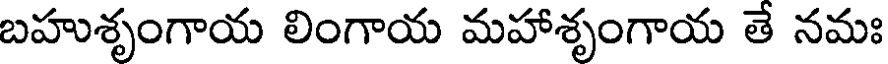
బహుశృంగాయ లింగాయ మహాశృంగాయ తే నమః